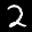
Label: 2